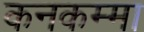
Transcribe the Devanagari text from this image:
कनकम्मा